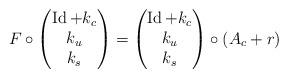
LaTeX: \begin{align*}F{}{} \circ \begin{pmatrix}\operatorname{Id} + k_c \\ k_u \\ k_s \end{pmatrix} = \begin{pmatrix} \operatorname{Id} + k_c \\ k_u \\ k_s \end{pmatrix} \circ (A_c + r) \end{align*}